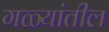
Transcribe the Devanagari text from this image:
गळ्यांतील